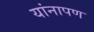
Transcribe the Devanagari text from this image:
यांनापण